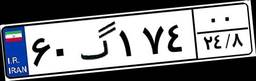
۶۰گ۱۷۴۰۰